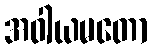
အဝါယမတော